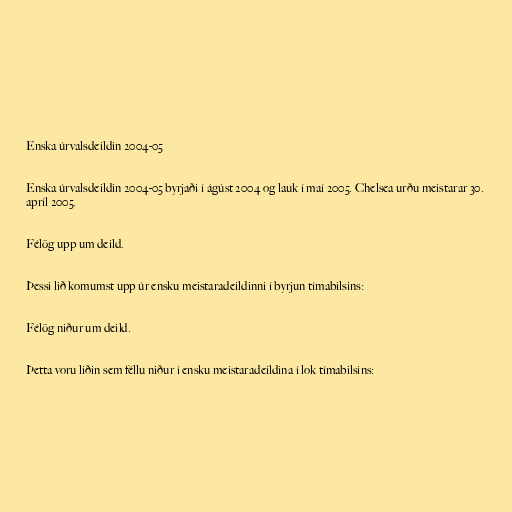
Enska úrvalsdeildin 2004-05

Enska úrvalsdeildin 2004-05 byrjaði í ágúst 2004 og lauk í maí 2005. Chelsea urðu meistarar 30.
apríl 2005.

Félög upp um deild.

Þessi lið komumst upp úr ensku meistaradeildinni í byrjun tímabilsins:

Félög niður um deild.

Þetta voru liðin sem féllu niður í ensku meistaradeildina í lok tímabilsins: